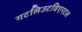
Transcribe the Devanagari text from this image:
गटलिउटविएरटल